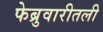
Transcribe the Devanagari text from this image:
फेब्रुवारीतली